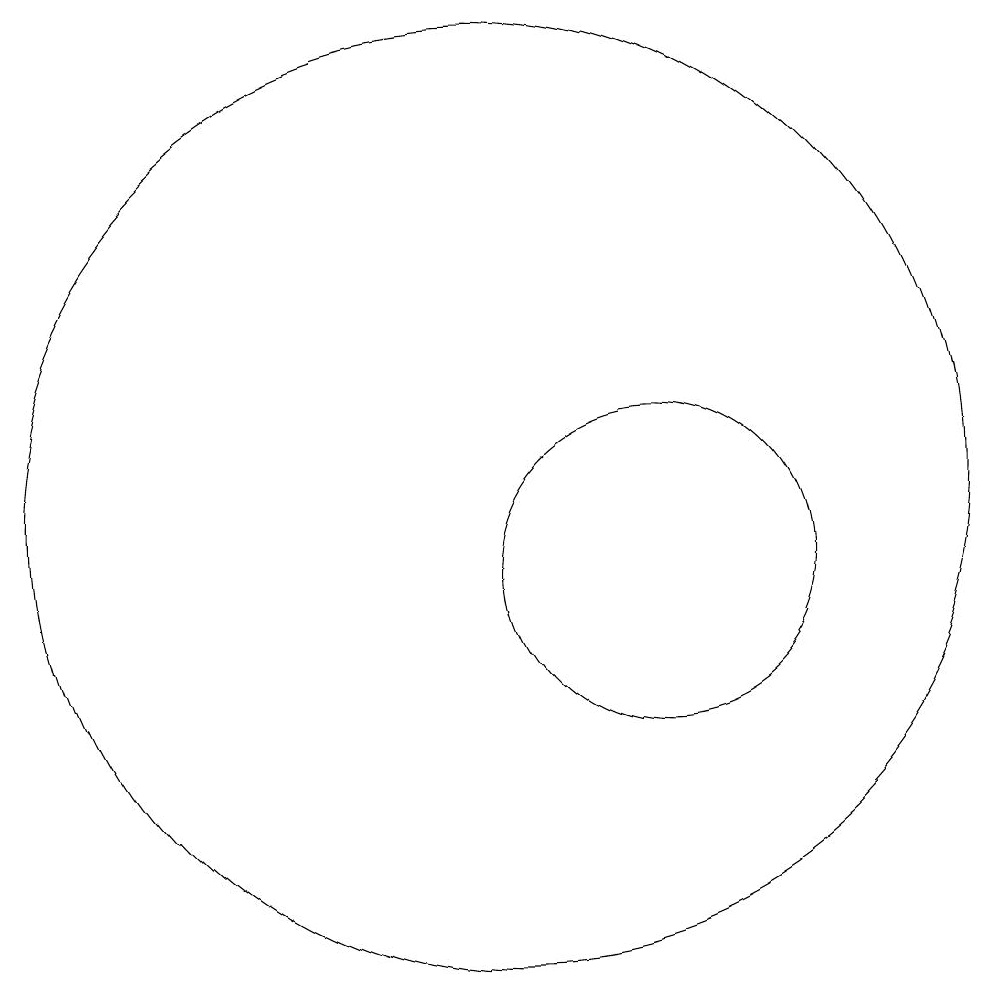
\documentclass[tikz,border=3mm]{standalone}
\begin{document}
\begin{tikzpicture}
\draw (12,10) circle (2);
\draw (10,11) circle (6);
\draw (9,15) rectangle (9,15);
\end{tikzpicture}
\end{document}